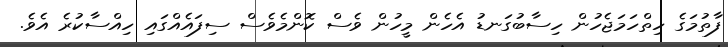
ފާތުމަގެ ހިތްހަމަޖެހުން ހިސާބުގަނޑު އެހެން މީހުން ވެސް ކޮންމެވެސް ސިފައެއްގައި ހިއްސާކުރެ އެވެ.